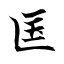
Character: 匤